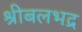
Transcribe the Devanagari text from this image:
श्रीबलभद्र